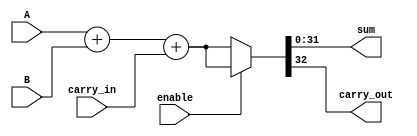
module Adder (
    input [31:0] A,
    input [31:0] B,
    input enable,
    input carry_in,
    output reg [31:0] sum,
    output reg carry_out
);

always @ (A or B or enable or carry_in) begin
    if (enable) begin
        {carry_out, sum} = A + B + carry_in;
    end else begin
        {carry_out, sum} = {1'b0, A} + {1'b0, B} + carry_in;
    end
end

endmodule